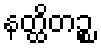
နတ္ထိတဉ္စ